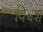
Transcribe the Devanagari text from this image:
विश्वश